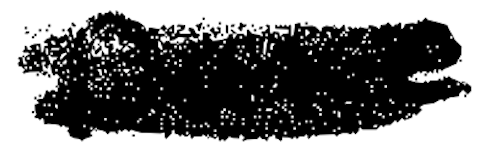
Text: Dance
Cross-out: mix
Writing tool: digital_black